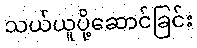
သယ်ယူပို့ဆောင်ခြင်း